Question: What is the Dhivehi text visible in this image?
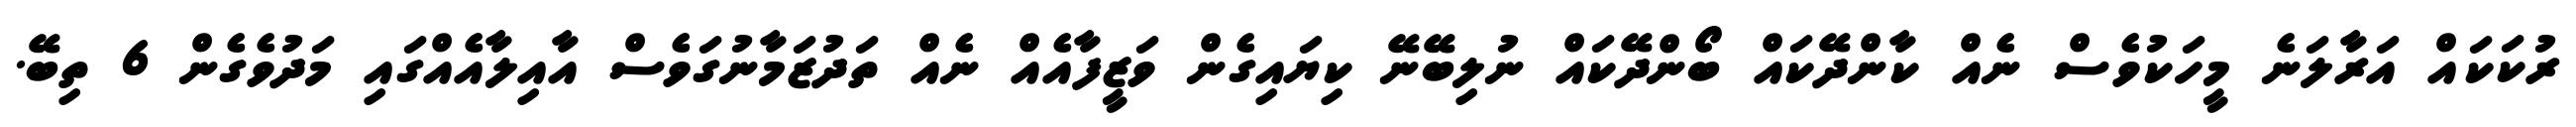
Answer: ރުކަކައް އަރާލަނެ މީހަކުވެސް ނެއް ކާންދޭކައް ބޯންދޭކައް ނުލިބޭނޭ ކިޔައިގެން ވަޒީފާއެއް ނެއް ތަދުޒަމާނުގަވެސް އާއިލާއެއްގައި މަދުވެގެން 6 ތިބޭ.